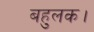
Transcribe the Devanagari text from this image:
बहुलक।